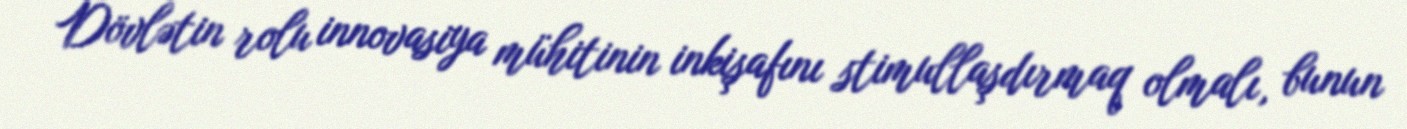
Dövlətin rolu innovasiya mühitinin inkişafını stimullaşdırmaq olmalı, bunun